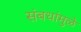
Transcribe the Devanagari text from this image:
संबधांमुळे